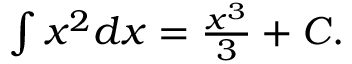
\textstyle \int x ^ { 2 } d x = { \frac { x ^ { 3 } } { 3 } } + C .